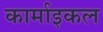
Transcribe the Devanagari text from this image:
कार्माइकल